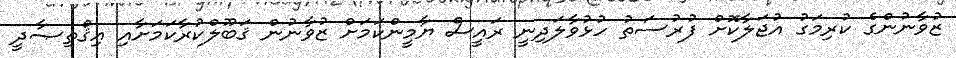
ޒުވާނުންގެ ކުރިމަގު އުޖަލާކޮށް ފުރުސަތު ހުޅުވާލަދިނީ ރައީސް ޔާމީންކަމަށް ޒުވާނުން ޤަބޫލްކުރާކަމަށާއި އިޤްތިޞާދީ